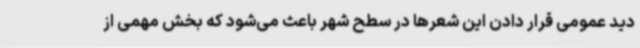
دید عمومی قرار دادن این شعرها در سطح شهر باعث می‌شود که بخش مهمی از